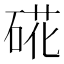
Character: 硴